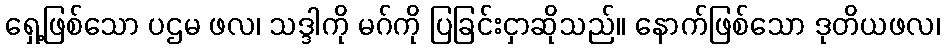
ရှေ့ဖြစ်သော ပဌမ ဖလ၊ သဒ္ဒါကို မဂ်ကို ပြခြင်းငှာဆိုသည်။ နောက်ဖြစ်သော ဒုတိယဖလ၊